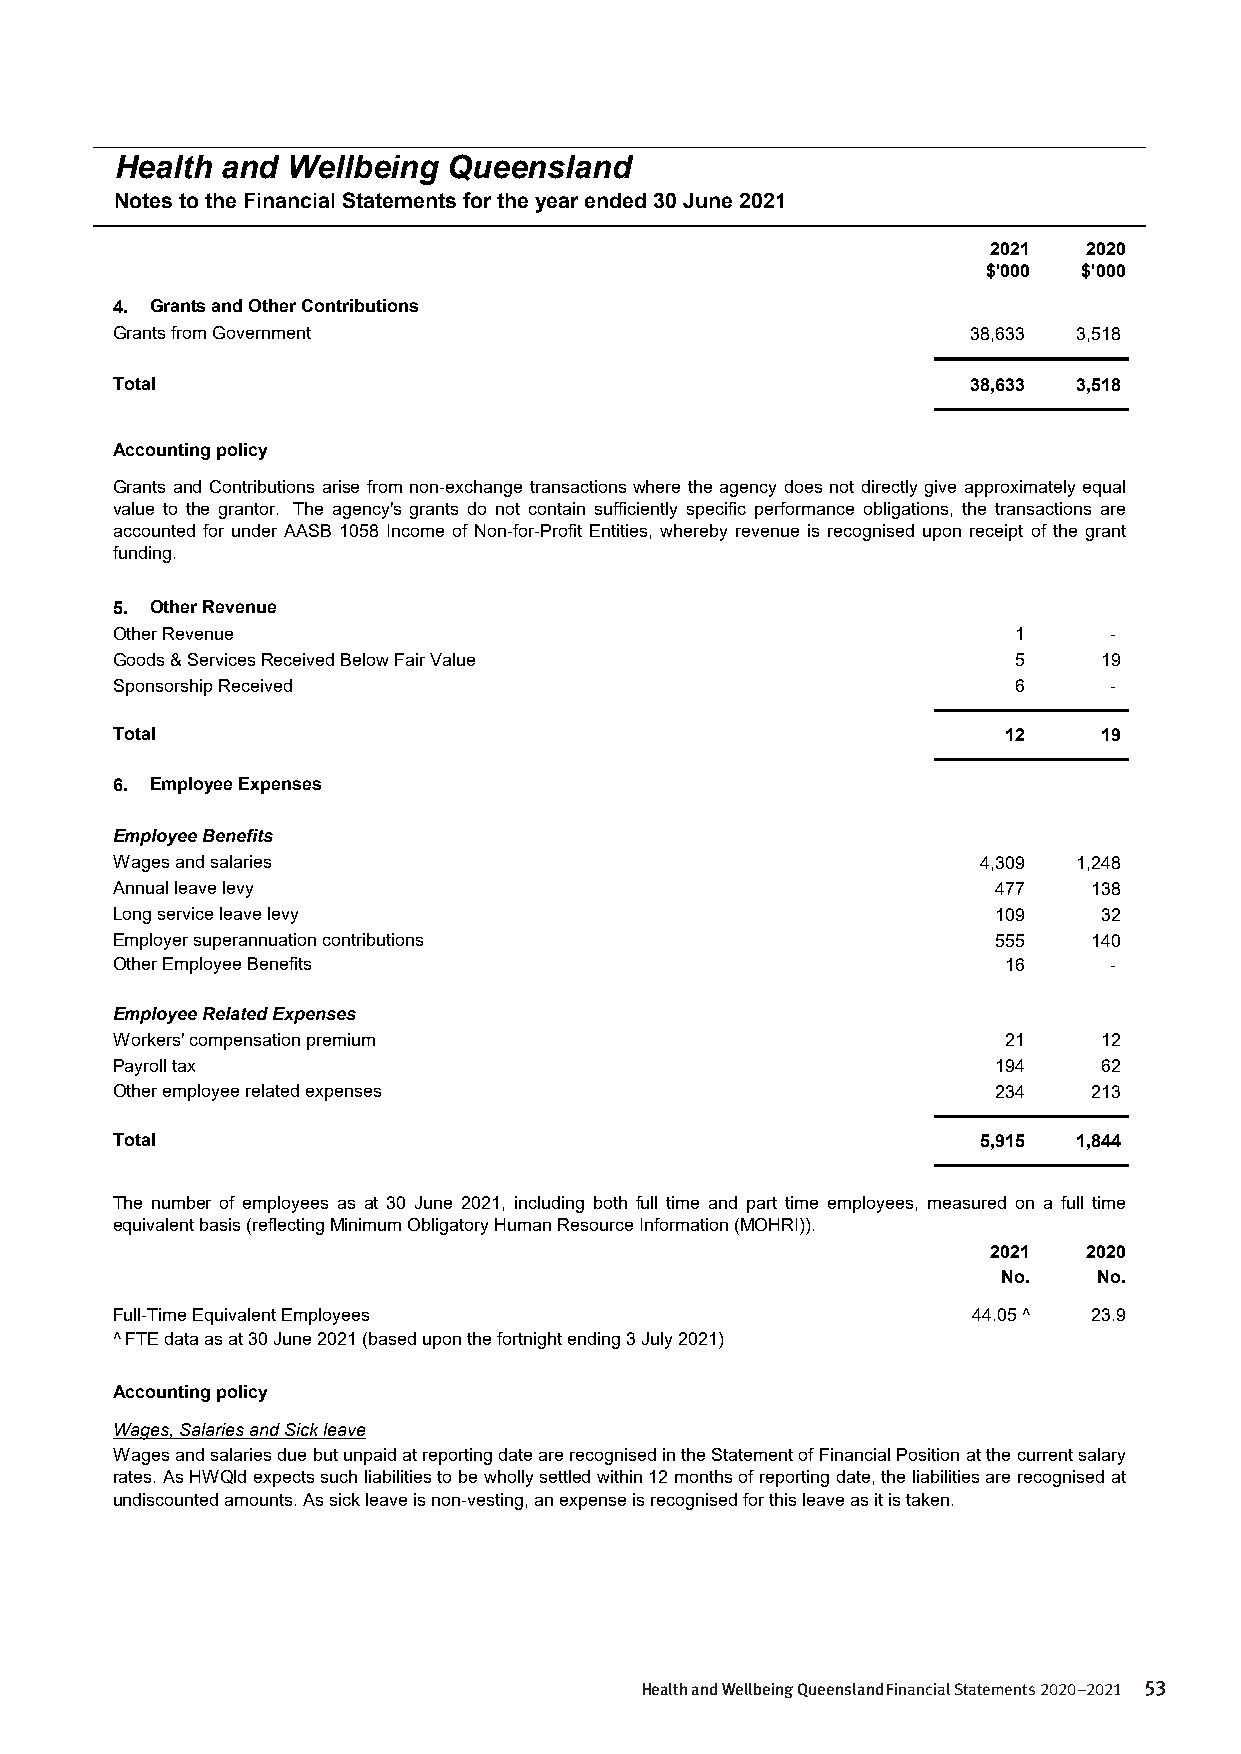
Health and Wellbeing  Queensland
 Notes to the Financial Statements for the year ended 30 June 2021
 2021  2020
 $'000  $'000
 4. Grants and Other Contributions
 Grants from Government                                   38,633 3,518
 Total                                                    38,633 3,518
 Accounting policy
 Grants and Contributions arise from non-exchange transactions where the agency does not directly give approximatelyequal
 value to the grantor. The agency's grants do not contain sufficiently specific performance obligations, the transactions are
 accounted for under AASB 1058 Income of Non-for-Profit Entities, whereby revenue is recognised upon receipt of the grant
 funding.
 5. Other Revenue
 Other Revenue                                               1     -
 Goods & Services Received Below Fair Value                  5     19
 Sponsorship Received                                        6     -
 Total                                                       12    19
 6. Employee Expenses
 Employee Benefits
 Wages and salaries                                        4,309 1,248
 Annual leave levy                                          477   138
 Long service leave levy                                    109    32
 Employer superannuation contributions                      555   140
 Other Employee Benefits                                     16    -
 Employee Related Expenses
 Workers' compensation premium                               21    12
 Payroll tax                                                194    62
 Other employee related expenses                            234   213
 Total                                                     5,915 1,844
 The number of employees as at 30 June 2021, including both full time and part time employees, measured on a full time
 equivalent basis (reflecting Minimum Obligatory Human Resource Information (MOHRI)).
 2021  2020
 No.    No.
 Full-Time Equivalent Employees                           44.05 ^ 23.9
 ^ FTE data as at 30 June 2021 (based upon the fortnight ending 3 July 2021)
 Accounting policy
 Wages, Salaries and Sick leave
 WagesandsalariesduebutunpaidatreportingdatearerecognisedintheStatementofFinancialPositionatthecurrentsalary
 rates.AsHWQldexpectssuchliabilitiestobewhollysettledwithin12monthsofreportingdate,theliabilitiesarerecognisedat
 undiscounted amounts. As sick leave is non-vesting, an expense is recognised for this leave as it is taken.
 - 10 -
 Health and Wellbeing Queensland Financial Statements 2020–2021 53